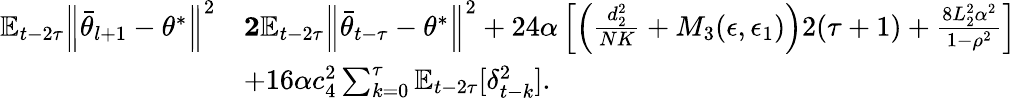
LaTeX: \begin{array}{rl}{\mathbb{E}_{t-2\tau}\Big\lVert\bar{\theta}_{l+1}-\theta^{*}\Big\rVert^{2}}&{\le 2\mathbb{E}_{t-2\tau}\Big\lVert\bar{\theta}_{t-\tau}-\theta^{*}\Big\rVert^{2}+24\alpha\left[\left(\frac{d_{2}^{2}}{NK}+M_{3}(\epsilon,\epsilon_{1})\right)2(\tau+1)+\frac{8L_{2}^{2}\alpha^{2}}{1-\rho^{2}}\right]}\\ &{+16\alpha c_{4}^{2}\sum_{k=0}^{\tau}\mathbb{E}_{t-2\tau}[\delta_{t-k}^{2}].}\end{array}